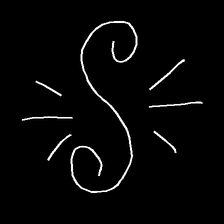
Glyph: wind-directs-air